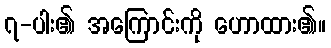
၇-ပါး၏ အကြောင်းကို ဟောထား၏။